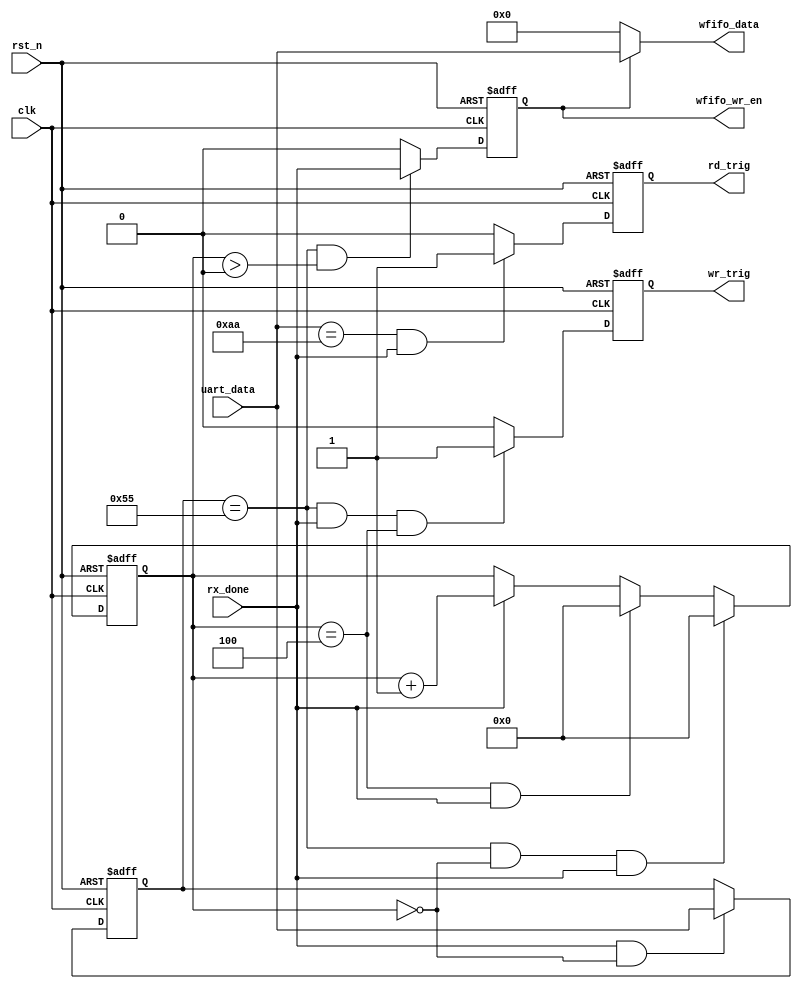
`timescale      1ns/1ps
// *********************************************************************************
// Project Name :       
// Blogs        : http://www.cnblogs.com/ninghechuan/
// Module Name  :
// Called By    :
// Abstract     :
//
// CopyRight(c) 2018, NingHeChuan Studio.. 
// All Rights Reserved
//
// *********************************************************************************
// Modification History:
// Date         By              Version                 Change Description
// -----------------------------------------------------------------------
// 2018/4/20    NingHeChuan       1.0                     Original
//  
// *********************************************************************************

module Cmd_Decode
#(
    parameter   REC_NUM     =   4
)
(
    input                   clk,
    input                   rst_n,
    input                   rx_done,
    input           [7:0]   uart_data,

    output     reg              wr_trig,
    output     reg              rd_trig,
    output     reg          wfifo_wr_en,
    output          [7:0]   wfifo_data
);


reg     [3:0]   rec_num;
reg     [7:0]   wr_cmd;

//-------------------------------------------------------
//rec_num
always  @(posedge clk or negedge rst_n)begin
    if(rst_n == 1'b0)
        rec_num <= 'd0;
    else if(wr_cmd == 'h55 && rec_num == 'd0 && rx_done == 1'b1)
        rec_num <= 'd0;
    else if(rec_num == REC_NUM && rx_done == 1'b1)
        rec_num <= 'd0;
    else if(rx_done == 1'b1)
        rec_num <= rec_num + 1'b1;
    else 
        rec_num <= rec_num;
end

//-------------------------------------------------------
//wr_cmd
always  @(posedge clk or negedge rst_n)begin
    if(rst_n == 1'b0)
        wr_cmd <= 'd0;
    else if(rx_done == 1'b1 && rec_num == 'd0)
        wr_cmd <= uart_data;
    else
        wr_cmd <= wr_cmd;
end
//-------------------------------------------------------
//wfifo_wr_en
always  @(posedge clk or negedge rst_n)begin
    if(rst_n == 1'b0)
        wfifo_wr_en <= 1'b0;
    else if(wr_cmd == 'h55 && rec_num > 'd0)
        wfifo_wr_en <= rx_done;
    else
        wfifo_wr_en <= 1'b0;
end
//-------------------------------------------------------
//wr_trig
always  @(posedge clk or negedge rst_n)begin
    if(rst_n == 1'b0)
        wr_trig <= 1'b0;
    else if(wr_cmd == 'h55 && rx_done == 1'b1 && rec_num == REC_NUM)
        wr_trig <= 1'b1;
    else 
        wr_trig <= 1'b0;
end
//-------------------------------------------------------
//rd_trig
always  @(posedge clk or negedge rst_n)begin
    if(rst_n == 1'b0)
        rd_trig <= 1'b0;
    else if(uart_data == 'haa && rx_done == 1'b1)
        rd_trig <= 1'b1;
    else
        rd_trig <= 1'b0;
end


assign  wfifo_data  =   (wfifo_wr_en == 1'b1)? uart_data: 'd0;
//assign  wr_trig     =   (wr_cmd == 'h55 && rec_num == 'd0)? rx_done: 1'b0;
//assign  rd_trig     =   (wr_cmd == 'haa && rec_num == 'd0)? rx_done: 1'b0;


endmodule